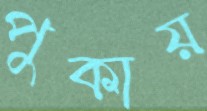
পুকায়